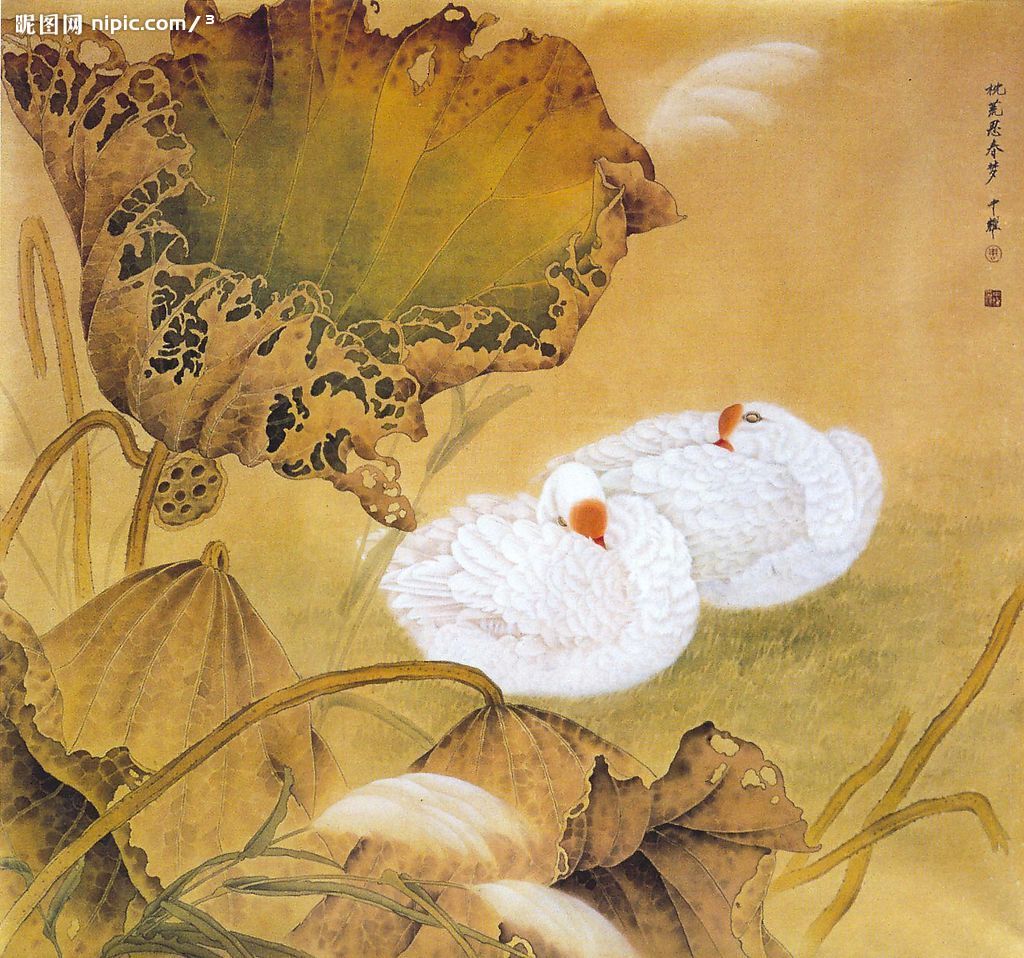
蚤是伤春梦雨天，可堪芳草更芊芊。